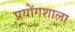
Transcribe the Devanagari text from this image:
प्रयोंगशाला